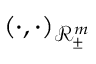
( \cdot , \cdot ) _ { \mathscr { R } _ { \pm } ^ { m } }